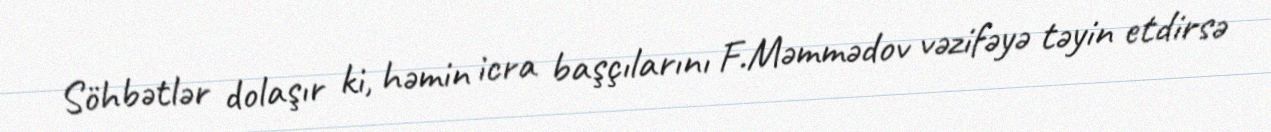
Söhbətlər dolaşır ki, həmin icra başçılarını F.Məmmədov vəzifəyə təyin etdirsə